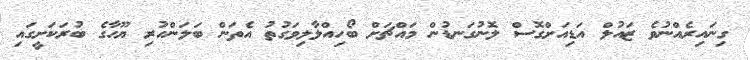
ގިނައިރެއްނުވެ ޒައުލް އަޑިއަށްގޮސް ލޮނުގަނޑުން މައްޗަށް ބޯހިއްލާލިވަގުތު އެތަން ބަލަންހުރި ޔޫހާގެ ބުރަކަށީގައި